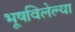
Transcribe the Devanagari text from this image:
भूषविलेल्‍या